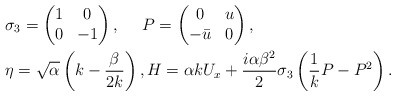
\begin{align*}& \sigma_3=\begin{pmatrix}1&0\\0&-1\end{pmatrix}, \ \ \ \ P=\begin{pmatrix}0&u\\-\bar{u}&0\end{pmatrix},\\&\eta=\sqrt{\alpha}\left(k-\frac{\beta}{2k}\right),H= \alpha kU_x+\frac{i\alpha\beta^2}{2}\sigma_3\left(\frac{1}{k}P-P^2\right). \end{align*}